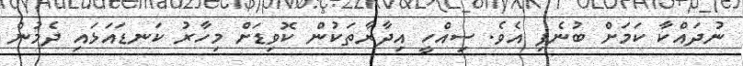
ނުދައްކާ ކަމަށް ބުނެފި އެވެ. ސިއްހީ އިދާރާތަކުން ކޮވިޑަށް މިހާރު ކަނޑައަޅައި ދެމުން